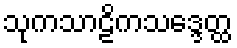
သုကသာဠိကသဒ္ဒေတ္ထ